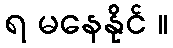
ရ မနေနိုင် ။